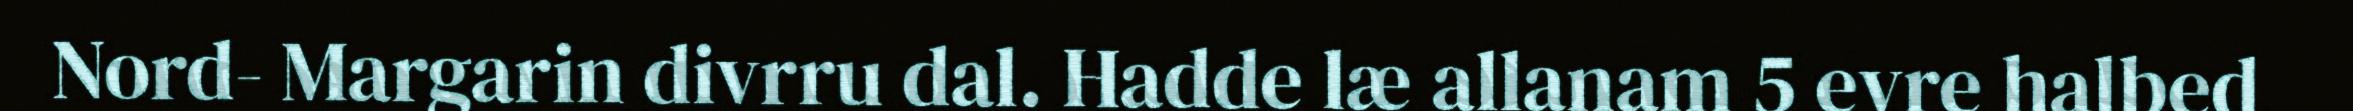
Nord- Margarin divrru dal. Hadde læ allanam 5 evre halbed